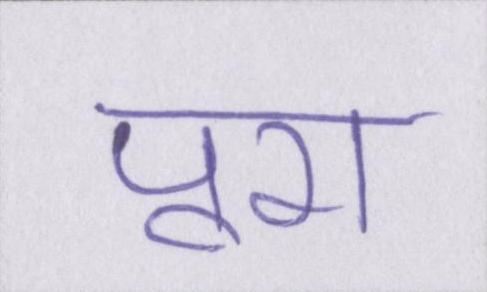
पूरा